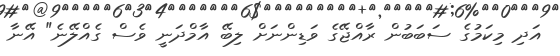
އަދި މިކަމުގެ ސަބަބުން ރާއްޖޭގެ ވަޑިންނަށް ލިބޭ އާމްދަނީ ވެސް ގެއްލޭނެ" އޭނާ